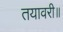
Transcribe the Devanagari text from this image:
तयावरी॥